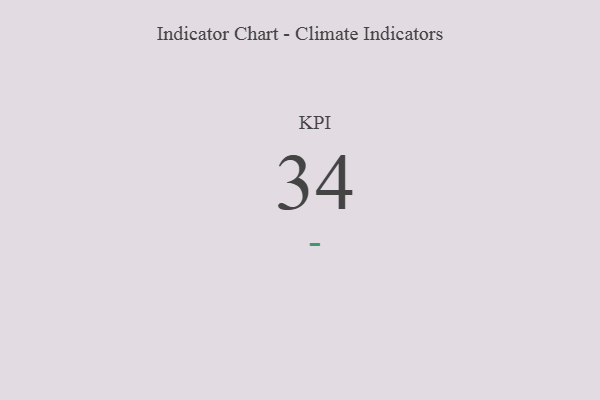
{"axis": {"x": "KPI", "y": "Value"}, "legend": [""], "data": [{"x": "KPI", "y": 34, "type": ""}]}